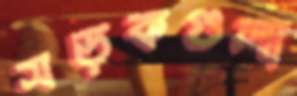
সড়কগুলা